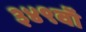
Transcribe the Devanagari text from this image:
३४९वॉ